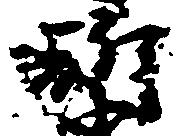
祈